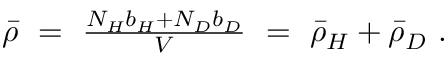
\begin{array} { r } { \bar { \rho } ~ = ~ \frac { N _ { H } b _ { H } + N _ { D } b _ { D } } { V } ~ = ~ \bar { \rho } _ { H } + \bar { \rho } _ { D } ~ . } \end{array}